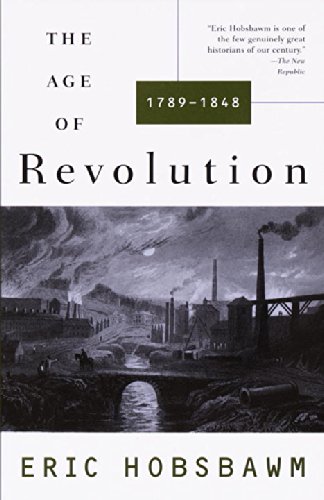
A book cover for The Age of Revolution: 1789-1848; Eric Hobsbawm; History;